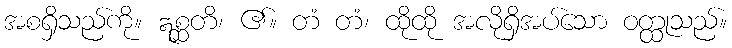
အစရှိသည်ကို။ ဣစ္ဆတိ၊ ၏။ တံ တံ၊ ထိုထို အလိုရှိအပ်သော ဝတ္ထုသည်။